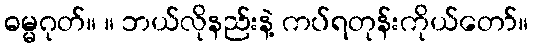
ဓမ္မဂုတ်။ ။ ဘယ်လိုနည်းနဲ့ ကပ်ရတုန်းကိုယ်တော်။